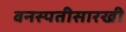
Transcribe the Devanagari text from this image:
वनस्पतीसारखी